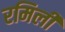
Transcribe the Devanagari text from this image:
रमिली